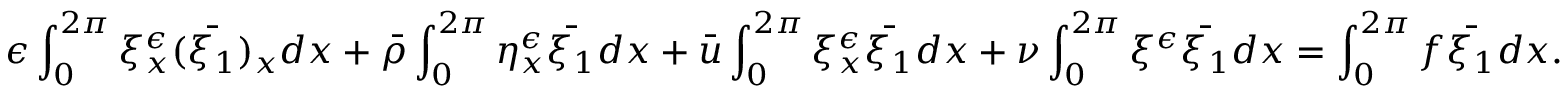
\epsilon \int _ { 0 } ^ { 2 \pi } \xi _ { x } ^ { \epsilon } ( \bar { \xi _ { 1 } } ) _ { x } d x + \bar { \rho } \int _ { 0 } ^ { 2 \pi } \eta _ { x } ^ { \epsilon } \bar { \xi _ { 1 } } d x + \bar { u } \int _ { 0 } ^ { 2 \pi } \xi _ { x } ^ { \epsilon } \bar { \xi _ { 1 } } d x + \nu \int _ { 0 } ^ { 2 \pi } \xi ^ { \epsilon } \bar { \xi _ { 1 } } d x = \int _ { 0 } ^ { 2 \pi } f \bar { \xi _ { 1 } } d x .